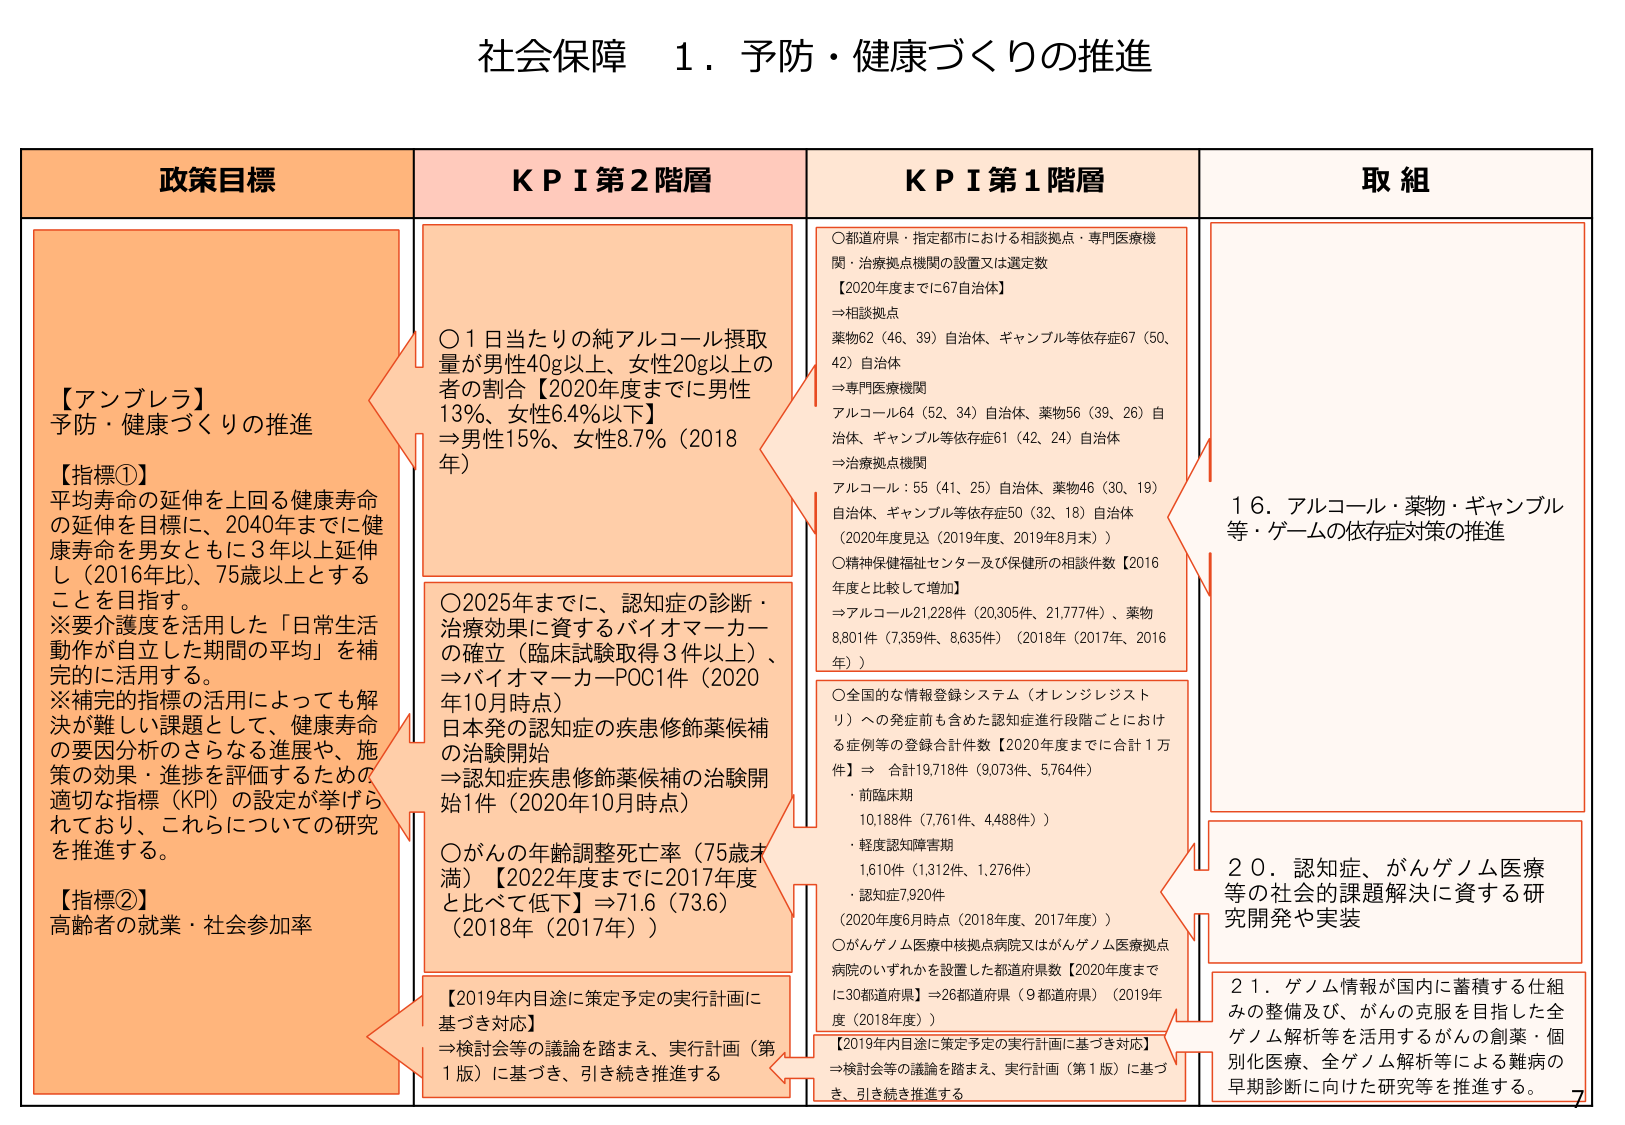
社会保障 1. 予防・健康づくりの推進

政策目標
【アンブレラ】
予防・健康づくりの推進

【指標①】
平均寿命の延伸を上回る健康寿命の延伸を目標に、2040年までに健康寿命を男女ともに3年以上延伸し（2016年比）、75歳以上とすることを目指す。
※要介護度を活用した「日常生活動作が自立した期間の平均」を補完的に活用する。
※補完的指標の活用によっても解決が難しい課題として、健康寿命の要因分析のさらなる進展や、施策の効果・進捗を評価するための適切な指標（KPI）の設定が挙げられており、これらについての研究を推進する。

【指標②】
高齢者の就業・社会参加率

KPI 第2階層
〇1日当たりの純アルコール摂取量が男性40g以上、女性20g以上の者の割合【2020年度までに男性13%、女性6.4%以下】
→男性15%、女性8.7%（2018年）

〇2025年までに、認知症の診断・治療効果に資するバイオマーカーの確立（臨床試験取得3件以上）、
⇒バイオマーカーPOC1件（2020年10月時点）
日本発の認知症の疾患修飾薬候補の治験開始
⇒認知症疾患修飾薬候補の治験開始1件（2020年10月時点）

〇がんの年齢調整死亡率（75歳未満）【2022年度までに2017年度と比べて低下】→71.6（73.6）（2018年（2017年））

【2019年内目途に策定予定の実行計画に基づき対応】
⇒検討会等の議論を踏まえ、実行計画（第1版）に基づき、引き続き推進する

KPI 第1階層
〇都道府県・指定都市における相談拠点・専門医療機関・治療拠点機関の設置又は選定数
【2020年度までに67自治体】
⇒相談拠点
薬物62（46、39）自治体、ギャンブル等依存症67（50、42）自治体
⇒専門医療機関
アルコール64（52、34）自治体、薬物56（39、26）自治体、ギャンブル等依存症61（42、24）自治体
⇒治療拠点機関
アルコール：55（41、25）自治体、薬物46（30、19）自治体、ギャンブル等依存症50（32、18）自治体
（2020年度見込（2019年度、2019年8月末））

〇精神保健福祉センター及び保健所の相談件数【2016年度と比較して増加】
⇒アルコール21,228件（20,305件、21,777件）、薬物8,801件（7,359件、8,635件）（2018年（2017年、2016年））

〇全国的な情報登録システム（オレンジレジストリ）への発症前も含めた認知症進行段階ごとの症例等の登録合計件数【2020年度までに合計1万件】⇒合計19,718件（9,073件、5,764件）
・前臨床期 10,188件（7,761件、4,488件））
・軽度認知障害期 1,610件（1,312件、1,276件）
・認知症7,920件
（2020年6月時点（2018年度、2017年度））

〇がんゲノム医療中核拠点病院又はがんゲノム医療拠点病院のいずれかを設置した都道府県数【2020年度までに30都道府県】⇒26都道府県（9都道府県）（2019年度（2018年度））

【2019年内目途に策定予定の実行計画に基づき対応】
⇒検討会等の議論を踏まえ、実行計画（第1版）に基づき、引き続き推進する

取組
16. アルコール・薬物・ギャンブル等・ゲームの依存症対策の推進

20. 認知症、がんゲノム医療等の社会的課題解決に資する研究開発や実装

21. ゲノム情報が国内に蓄積する仕組みの整備及び、がんの克服を目指した全ゲノム解析等を活用するがんの創薬・個別化医療、全ゲノム解析等による難病の早期診断に向けた研究等を推進する。

7